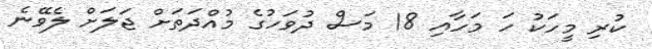
ކުރި މީހަކު ހަ މަހާއި 18 މަސް ދުވަހުގެ މުއްދަތަށް ޖަލަށް ލެވޭނެ